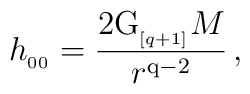
h_{_{00}}= {2 {\rm G}_{_{[q+1]}}M\over r^{\rm q-2}} \, ,